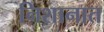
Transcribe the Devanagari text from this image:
निशानात